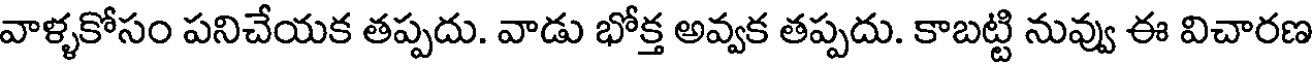
వాళ్ళకోసం పనిచేయక తప్పదు. వాడు భోక్త అవ్వక తప్పదు. కాబట్టి నువ్వు ఈ విచారణ